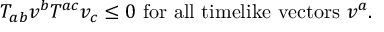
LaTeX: T _ { a b } v ^ { b } T ^ { a c } v _ { c } \leq 0 \mathrm { ~ f o r ~ a l l ~ t i m e l i k e ~ v e c t o r s ~ } v ^ { a } .